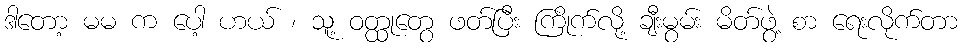
ဒါတော့ မမ က ပေါ့ ဟယ် ၊ သူ့ ဝတ္ထုတွေ ဖတ်ပြီး ကြိုက်လို့ ချီးမွမ်း မိတ်ဖွဲ့ စာ ရေးလိုက်တာ